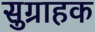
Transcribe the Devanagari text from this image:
सुग्राहक